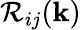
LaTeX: {\cal{R}}_{ij}({\mathbf{k}})